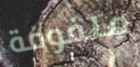
ملفوفة